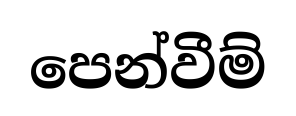
පෙන්වීම්